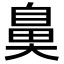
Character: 𮮱